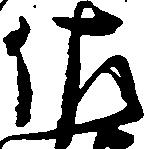
佐